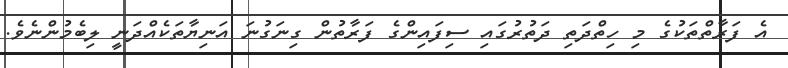
އެ ފަރާތްތަކުގެ މި ހިތްދަތި ދަތުރުގައި ސިފައިންގެ ފަރާތުން ގިނަގުނަ އަނިޔާތަކެއްދަނީ ލިބެމުންނެވެ.